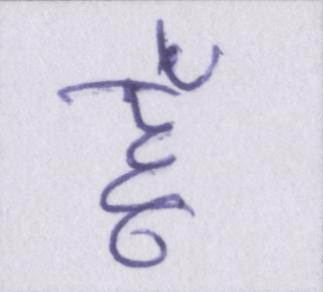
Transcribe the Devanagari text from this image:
हूं